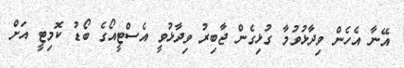
އޭނާ އެހެން ވިދާޅުވުމާ ގުޅިގެން ޖާބިރު ވިދާޅުވީ އެސްޓީއޯގެ ބޯޑު ކޮމިޓީ އަށް